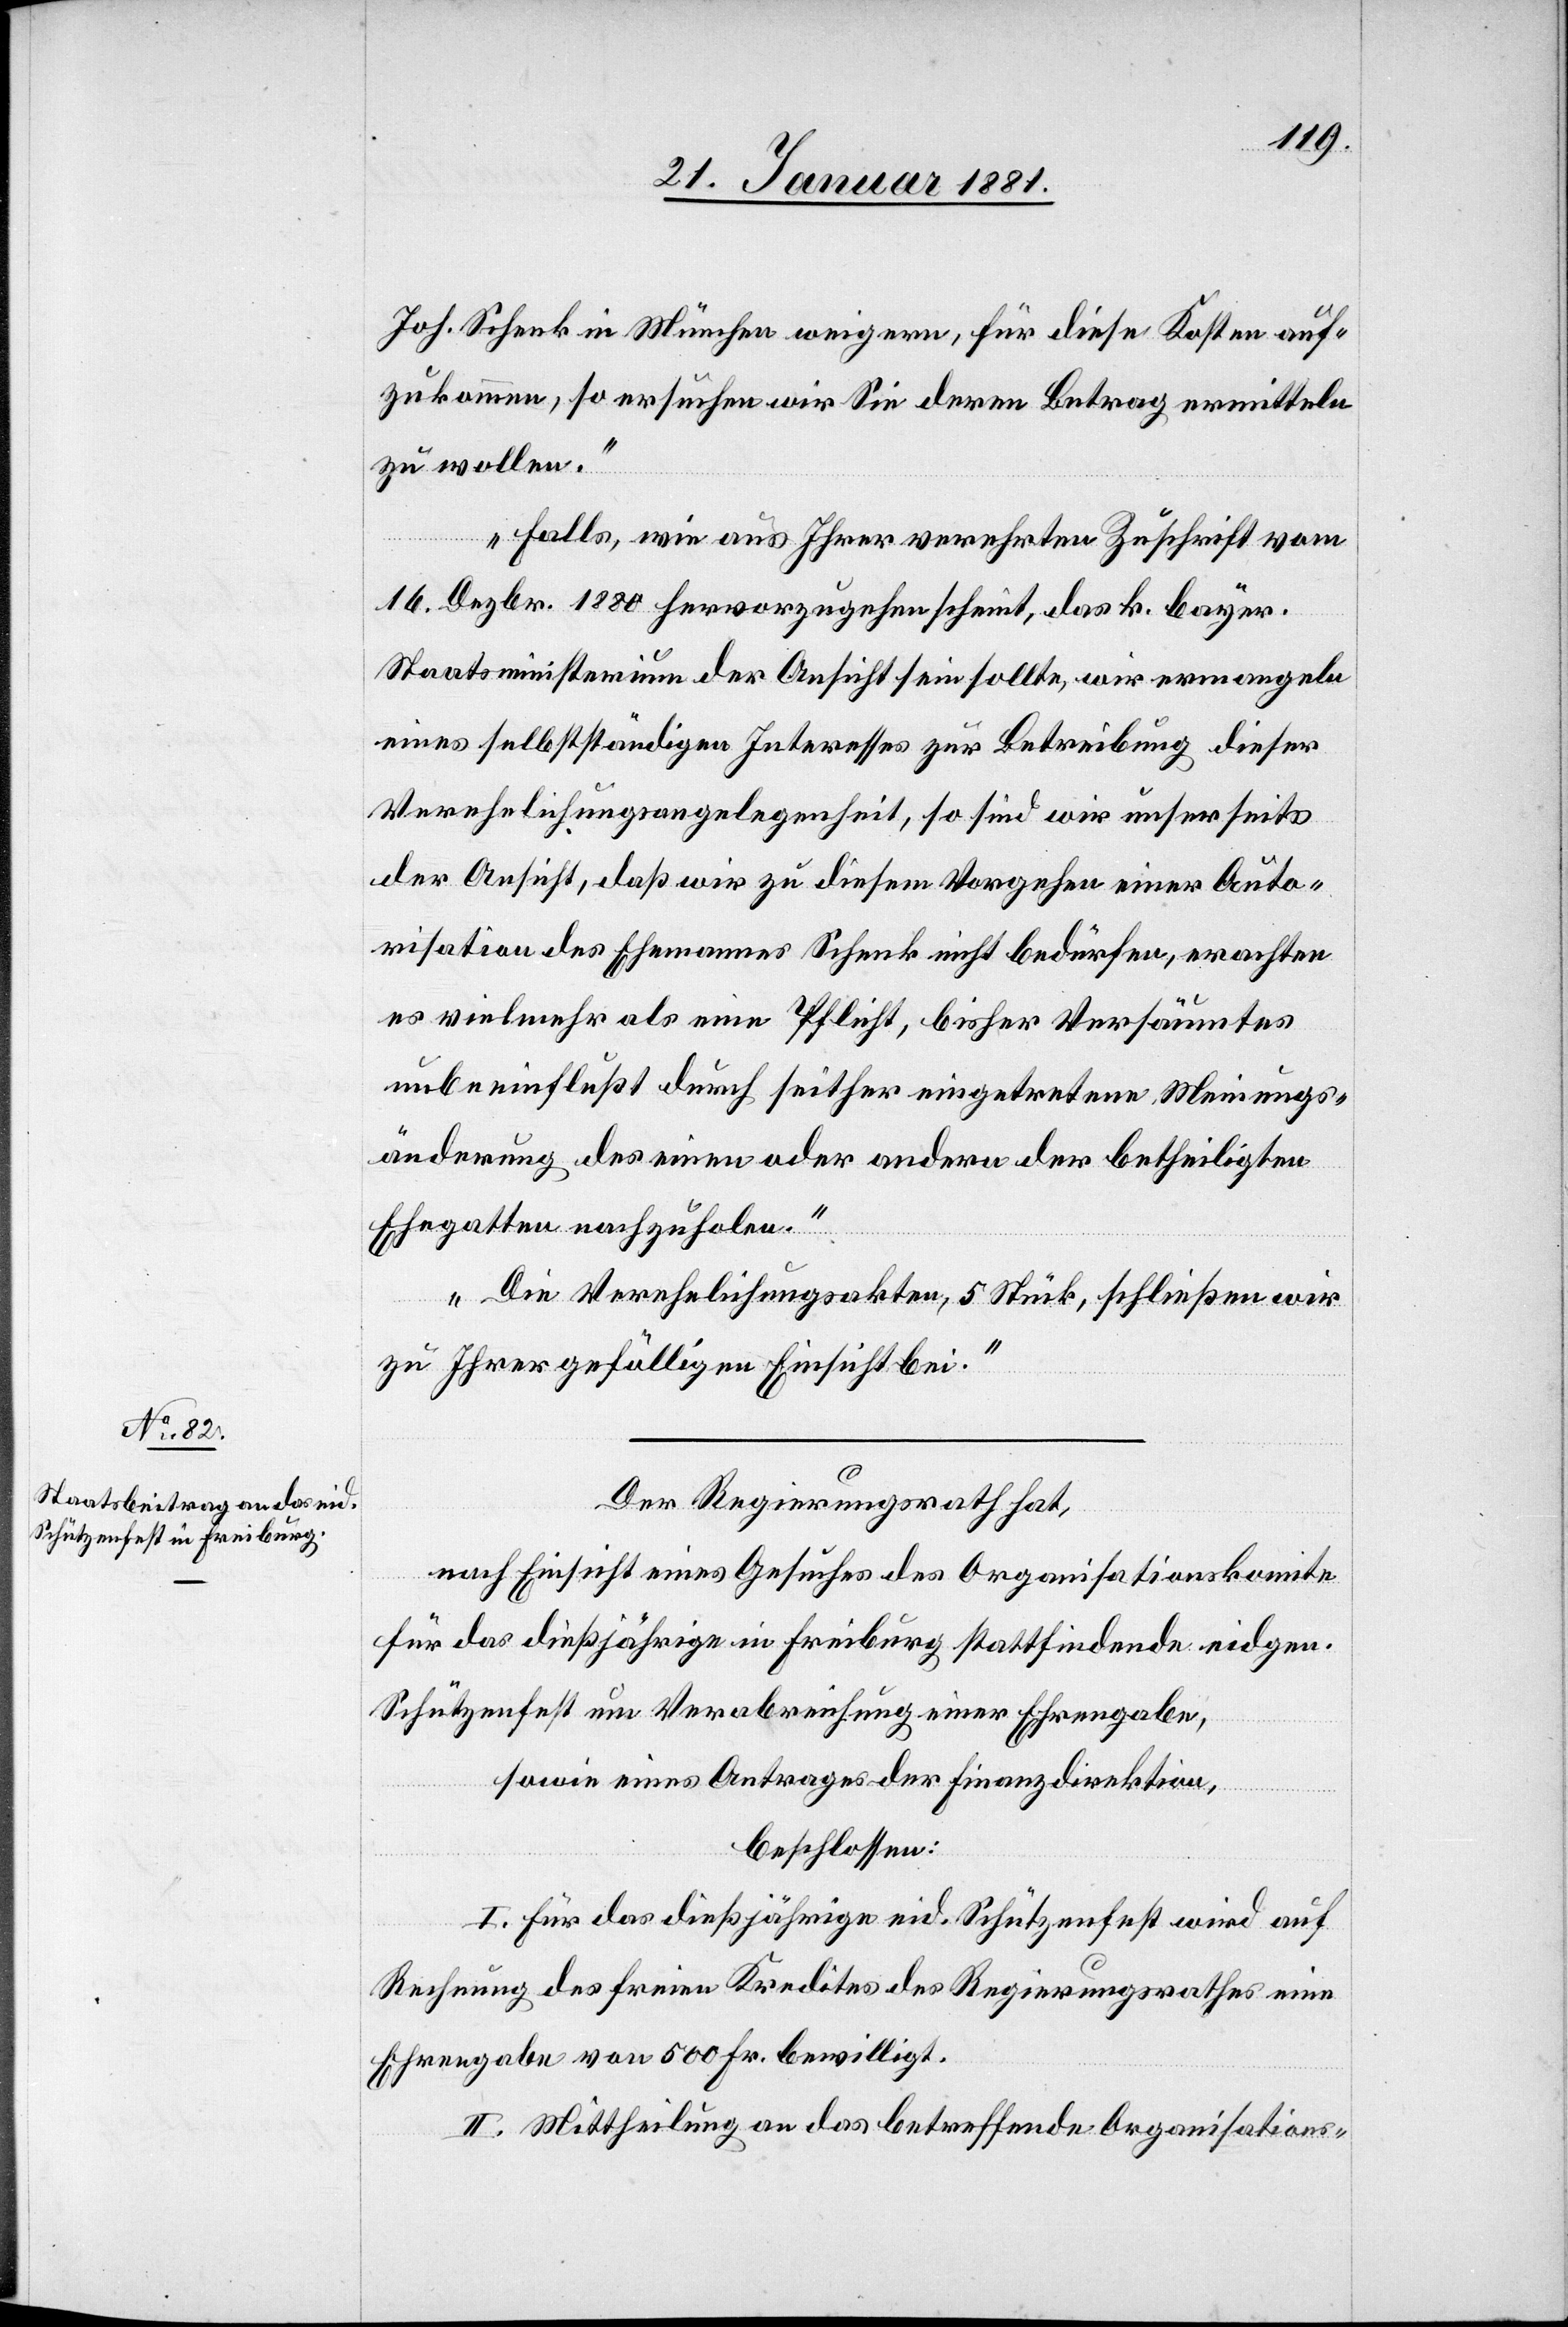
Joh. Schenk in München weigern, für diese Kosten auf¬
zukommen, so ersuchen wir Sie deren Betrag ermitteln
zu wollen.“
„Falls, wie aus Ihrer verehrten Zuschrift vom
16. Dezbr. 1880 hervorzugehen scheint, das k. bayer.
Staatsministerium der Ansicht sein sollte, wir ermangeln
eines selbstständigen Interesses zur Betreibung dieser
Verehelichungsangelegenheit, so sind wir unserseits
der Ansicht, daß wir zu diesem Vorgehen einer Auto¬
risation des Ehemannes Schenk nicht bedürfen, erachten
es vielmehr als eine Pflicht, bisher Versäumtes
unbeeinflußt durch seither eingetretene Meinungs¬
änderung des einen oder andern der betheiligten
Ehegatten nachzuholen.“
„Die Verehelichungsakten, 5 Stück, schließen wir
zu Ihrer gefälligen Einsicht bei.“
Der Regierungsrath hat,
nach Einsicht eines Gesuches des Organisationskomite
für das dießjährige in Freiburg stattfindende eidgen.
Schützenfest um Verabreichung einer Ehrengabe,
sowie eines Antrages der Finanzdirektion,
beschlossen:
I. Für das dießjährige eid. Schützenfest wird auf
Rechnung des freien Kredites des Regierungsrathes eine
Ehrengabe von 500 Fr. bewilligt.
II. Mittheilung an das betreffende Organisations-